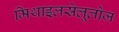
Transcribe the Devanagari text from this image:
मिथाइलसेलूलोज